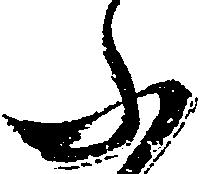
ふ